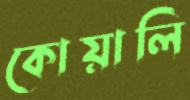
কোয়ালি